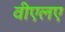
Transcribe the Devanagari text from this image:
वीएलए